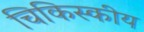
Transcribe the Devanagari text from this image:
चिकिस्कीय